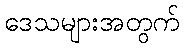
ဒေသများအတွက်